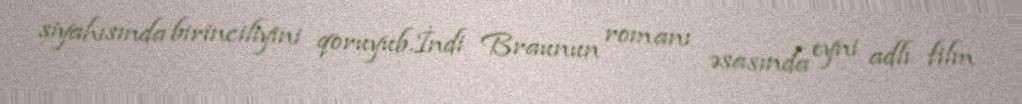
siyahısında birinciliyini qoruyub.İndi Braunun romanı əsasında eyni adlı film